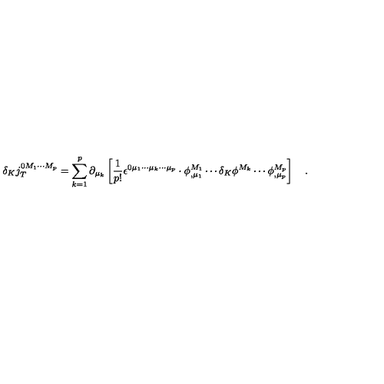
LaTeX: \delta _ { K } j _ { T } ^ { 0 M _ { 1 } \cdots M _ { p } } = \sum _ { k = 1 } ^ { p } \partial _ { \mu _ { k } } \left[ \frac 1 { p ! } \epsilon ^ { 0 \mu _ { 1 } \cdots \mu _ { k } \cdots \mu _ { p } } \cdot \phi _ { , \mu _ { 1 } } ^ { M _ { 1 } } \cdots \delta _ { K } \phi ^ { M _ { k } } \cdots \phi _ { , \mu _ { p } } ^ { M _ { p } } \right] \quad .